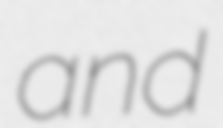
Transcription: and